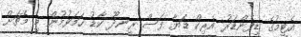
އެޓީމުގެ ޑިފެންޑަރު އެރިކް ޑަޔާ ފަސް ރީނދޫ ކާޑު ހަމަވުމުން މި މެޗަށް